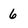
Character: 6